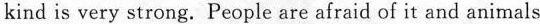
kind is very strong. People are afraid of it and animals